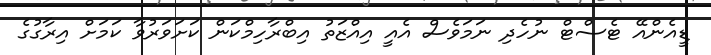
ޑީއެންއޭ ޓެސްޓް ނުހެދި ނަމަވެސް އެއީ އިއްޒަތު އިބްރާހިމްކަން ކަށަވަރުވާ ކަމަށް އިރާގުގެ